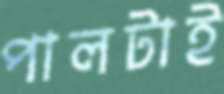
পালটাই